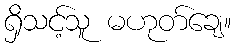
ရှိသင့်သူ မဟုတ်ချေ။